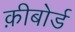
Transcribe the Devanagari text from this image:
क़ीबोर्ड